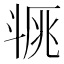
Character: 𣁿